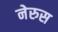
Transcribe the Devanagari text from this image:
नेरुस